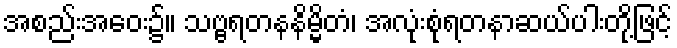
အစည်းအဝေး၌။ သဗ္ဗရတနနိမ္မိတံ၊ အလုံးစုံရတနာဆယ်ပါးတို့ဖြင့်